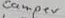
Text: comper